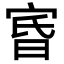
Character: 𡨩